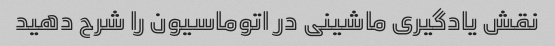
نقش یادگیری ماشینی در اتوماسیون را شرح دهید